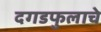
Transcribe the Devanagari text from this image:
दगडफुलाचे